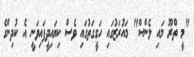
"މީ ތްރޫ މައި ލެންސް" މައުރަޒުގައި ހަގީގަތުގައި ވެސް ކިޔައިދީފައިވަނީ އެ ކުދިންގެ